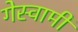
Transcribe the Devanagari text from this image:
गेस्वामी